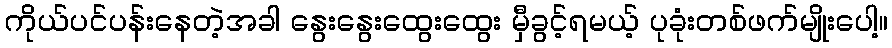
ကိုယ်ပင်ပန်းနေတဲ့အခါ နွေးနွေးထွေးထွေး မှီခွင့်ရမယ့် ပုခုံးတစ်ဖက်မျိုးပေါ့။